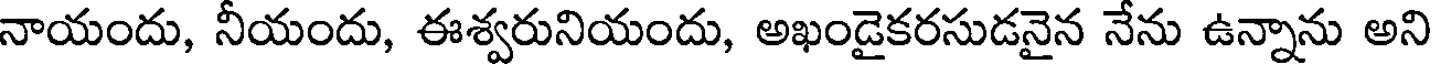
నాయందు, నీయందు, ఈశ్వరునియందు, అఖండైకరసుడనైన నేను ఉన్నాను అని